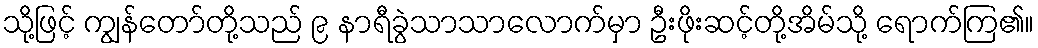
သို့ဖြင့် ကျွန်တော်တို့သည် ၉ နာရီခွဲသာသာလောက်မှာ ဦးဖိုးဆင့်တို့အိမ်သို့ ရောက်ကြ၏။